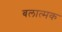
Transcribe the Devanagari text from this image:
बलात्मक